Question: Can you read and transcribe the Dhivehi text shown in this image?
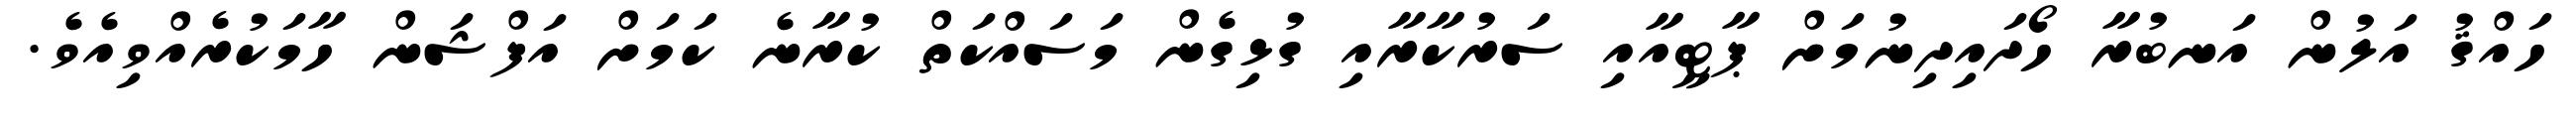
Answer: ހައްޤު އަލުން އަނބުރާ ހޯދައިދިނުމަށް ޕާޓީއާއި ސަރުކާރާއި ގުޅިގެން މަސައްކަތް ކުރާނެ ކަމަށް އަފްޝަން ހާމަކުރެއްވިއެވެ.